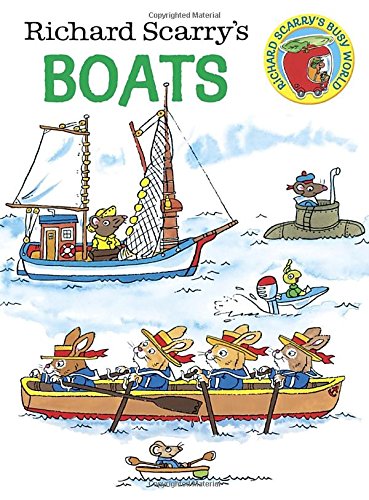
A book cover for Richard Scarry's Boats (Richard Scarry's Busy World); Richard Scarry; Children's Books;